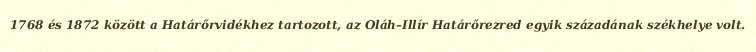
1768 és 1872 között a Határőrvidékhez tartozott, az Oláh–Illír Határőrezred egyik századának székhelye volt.